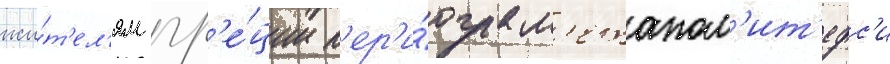
жи́т'ел'ям гр'е́ции п'ер'и́ода м'етапол'ит'ефс'и